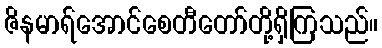
ဇိနမာရ်အောင်စေတီတော်တို့ရှိကြသည်။